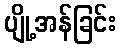
ပျို့အန်ခြင်း